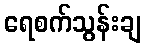
ရေစက်သွန်းချ